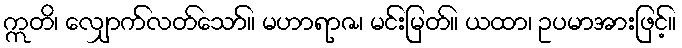
ဣတိ၊ လျှောက်လတ်သော်။ မဟာရာဇ၊ မင်းမြတ်။ ယထာ၊ ဥပမာအားဖြင့်။